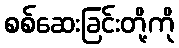
စစ်ဆေးခြင်းတို့ကို